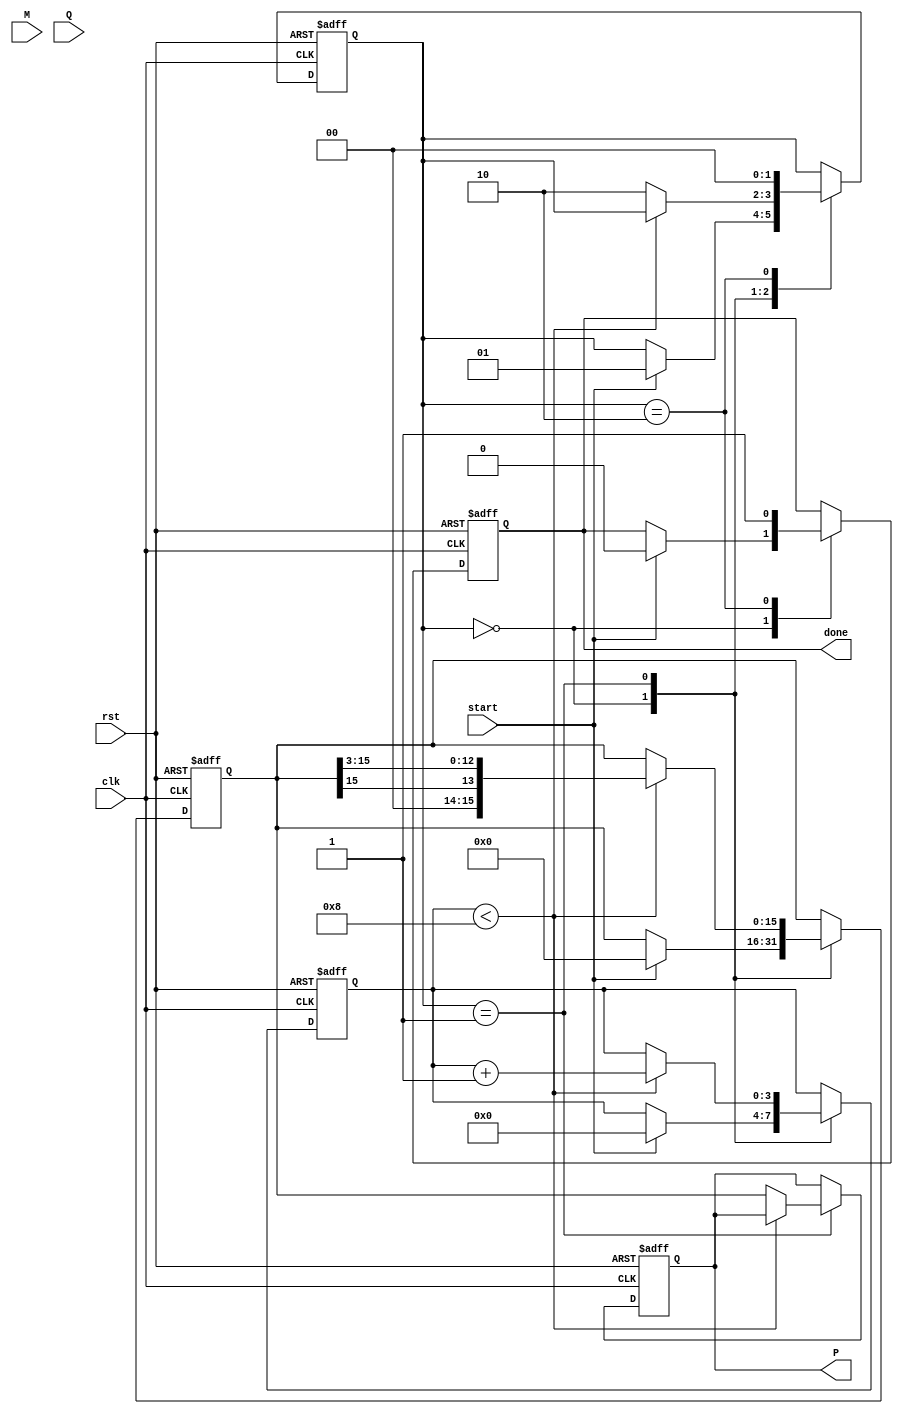
module modified_booth_multiplier #(parameter n = 8) (
    input wire clk,
    input wire rst,
    input wire start,
    input wire signed [n-1:0] M, // Multiplicand
    input wire signed [n-1:0] Q, // Multiplier
    output reg signed [2*n-1:0] P, // Product
    output reg done // Done signal
);

    reg [n-1:0] Q_reg; // Multiplier register
    reg [n-1:0] M_reg; // Multiplicand register
    reg [2*n-1:0] A; // Accumulator
    reg [n:0] Q_ext; // Extended multiplier (Q[n-1:0], Q[-1])
    reg [3:0] count; // Counter for iterations
    reg [1:0] state; // State for control logic

    localparam IDLE = 2'b00, RUN = 2'b01, DONE = 2'b10;

    always @(posedge clk or posedge rst) begin
        if (rst) begin
            P <= 0;
            A <= 0;
            Q_reg <= 0;
            M_reg <= 0;
            Q_ext <= 0;
            count <= 0;
            state <= IDLE;
            done <= 0;
        end else begin
            case (state)
                IDLE: begin
                    if (start) begin
                        M_reg <= M;
                        Q_reg <= Q;
                        Q_ext <= {1'b0, Q}; // Initialize Q_ext with Q[-1] = 0
                        A <= 0;
                        count <= 0;
                        state <= RUN;
                        done <= 0;
                    end
                end

                RUN: begin
                    if (count < n) begin
                        case ({Q_ext[1:0]}) // Booth encoding
                            2'b00: begin
                                // No operation
                            end
                            2'b01: begin
                                // Add M to A
                                A <= A + {M_reg, {n{1'b0}}}; // Shift M left by n bits
                            end
                            2'b10: begin
                                // Subtract M from A
                                A <= A - {M_reg, {n{1'b0}}}; // Shift M left by n bits
                            end
                            2'b11: begin
                                // No operation
                            end
                        endcase

                        // Arithmetic right shift of A and Q_ext
                        {A, Q_ext} <= {A[2*n-1], A[2*n-1:1], Q_ext[n-1:1]}; // Shift A and Q_ext
                        count <= count + 1;
                    end else begin
                        P <= A; // Store the product
                        state <= DONE;
                    end
                end

                DONE: begin
                    done <= 1; // Indicate that multiplication is done
                    state <= IDLE; // Go back to IDLE state
                end
            endcase
        end
    end
endmodule